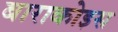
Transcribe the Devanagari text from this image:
बाराकोइस